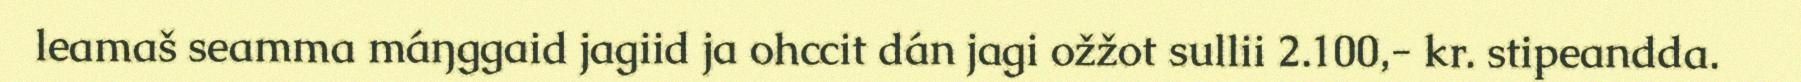
leamaš seamma máŋggaid jagiid ja ohccit dán jagi ožžot sullii 2.100,- kr. stipeandda.